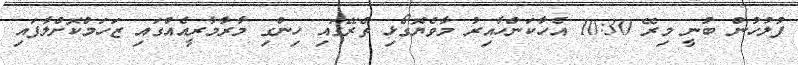
ފުލުހުން ބުނީ މިރޭ 10:30 އެހާކަންހާއިރު މާވެޔޮގޯޅި ތެރޭގައި ހިންގި މާރާމާރީއެއްގައި ޒަހަމްކޮށްލާފައި